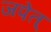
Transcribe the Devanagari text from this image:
जपेत्